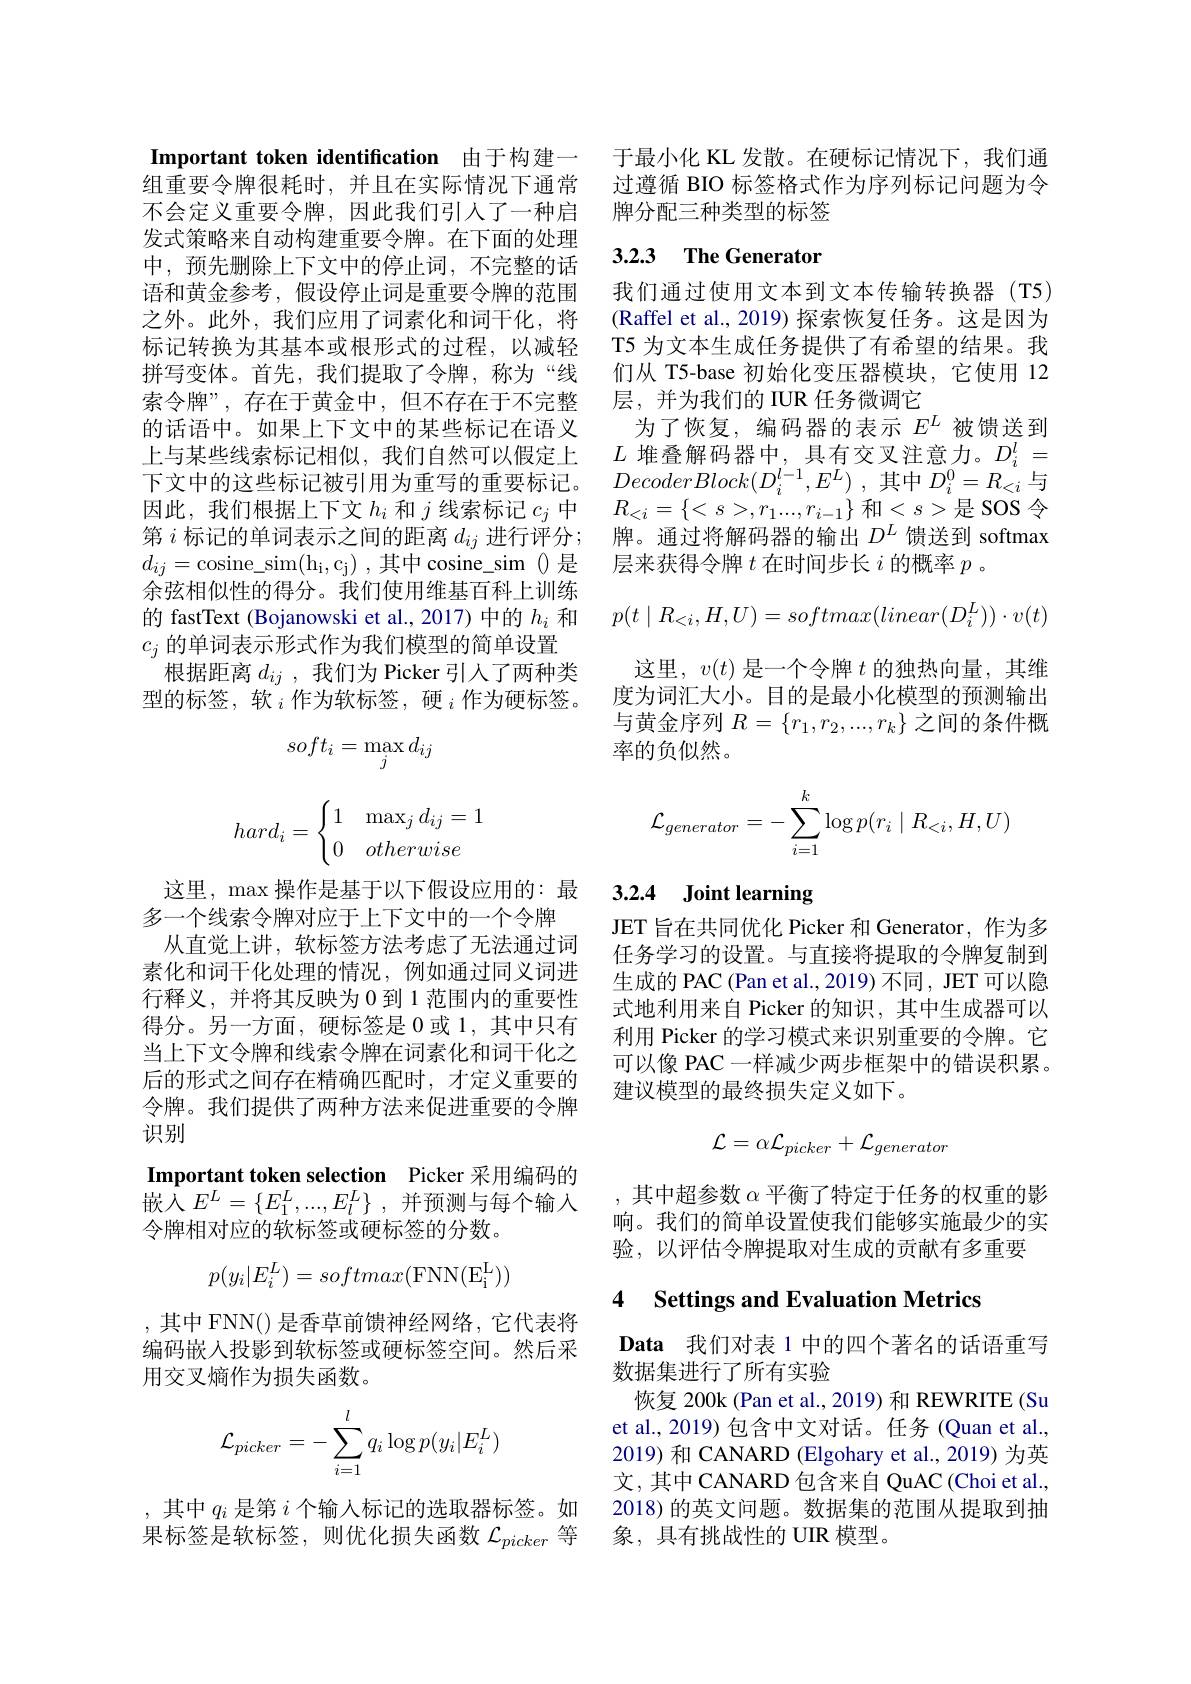
Important token identification 由于构建一 于最小化 KL 发散。在硬标记情况下，我们通

发式策略来自动构建重要令牌。在下面的处理中，预先删除上下文中的停止词，不完整的话语和黄金参考，假设停止词是重要令牌的范围之外。此外，我们应用了词素化和词干化，将标记转换为其基本或根形式的过程，以减轻拼写变体。首先，我们提取了令牌，称为“线索令牌”,存在于黄金中，但不存在于不完整的话语中。如果上下文中的某些标记在语义上与某些线索标记相似，我们自然可以假定上下文中的这些标记被引用为重写的重要标记。因此，我们根据上下文$h_i$和$j$线索标记$c_j$中第$i$标记的单词表示之间的距离$d_ij$进行评分； $d_{ij}=$cosine\_sim(hi,cj),其中cosine\_sim O 是余弦相似性的得分。我们使用维基百科上训练的 fastText (Bojanowski et al.,2017) 中的$h_i$和$c_j$的单词表示形式作为我们模型的简单设置
根据距离$d_{ij}$ ,我们为 Picker 引人了两种类型的标签，软$_i\text{ 作为软标签，硬 }_i$作为硬标签。
$$soft_i=\max_jd_{ij}$$
$$hard_i=\begin{cases}1&\max_jd_{ij}=1\\0&otherwise\end{cases}$$
从直觉上讲，软标签方法考虑了无法通过词素化和词干化处理的情况，例如通过同义词进行释义，并将其反映为 0 到 1 范围内的重要性得分。另一方面，硬标签是 0 或 1,其中只有当上下文令牌和线索令牌在词素化和词干化之后的形式之间存在精确匹配时，才定义重要的令牌。我们提供了两种方法来促进重要的令牌识别
Important token selection Picker 采用编码的嵌入$E^L=\{E_1^L,...,E_l^L\}$,并预测与每个输入令牌相对应的软标签或硬标签的分数。
$$p(y_i|E_i^L)=softmax(\mathrm{FNN(E_i^L))}$$
,其中 FNN() 是香草前馈神经网络，它代表将编码嵌入投影到软标签或硬标签空间。然后采用交叉熵作为损失函数。
$$\mathcal{L}_{picker}=-\sum_{i=1}^lq_i\log p(y_i|E_i^L)$$
组重要令牌很耗时，并且在实际情况下通常 过遵循 BIO 标签格式作为序列标记问题为令
不会定义重要令牌，因此我们引人了一种启 牌分配三种类型的标签

### 3.2.3 The Generator

我们通过使用文本到文本传输转换器(T5)

(Raffel et al., 2019) 探索恢复任务。这是因为T5 为文本生成任务提供了有希望的结果。我们从 T5-base 初始化变压器模块，它使用 12层，并为我们的 IUR 任务微调它
为了恢复，编码器的表示$E^L$被馈送到$L$堆叠解码器中，具有交叉注意力。$D_i^l=$ $DecoderBlock( D_{i}^{l- 1}, E^{L})$ ,其中$D_i^0=R_{<i}$与$R_{<i}=\left\{
,r_1...,r_{i-1}\right\}$和$
$是 SOS 令牌。通过将解码器的输出$D^L$馈送到 softmax 层来获得令牌$t$在时间步长$i$的概率$p$ 。
$$p(t\mid R_{<i},H,U)=softmax(linear(D_{i}^{L}))\cdot v(t)$$
这里，$v(t)$是一个令牌$t$的独热向量，其维度为词汇大小。目的是最小化模型的预测输出与黄金序列$R=\{r_1,r_2,...,r_k\}$之间的条件概率的负似然。
$$\mathcal{L}_{generator}=-\sum_{i=1}^k\log p(r_i\mid R_{<i},H,U)$$
# 这里，$\max$操作是基于以下假设应用的：最 3.2.4 Joint learning 多一个线索令牌对应于上下文中的一个令牌 JET 旨在共同优化 Picker 和 Generator, 作为多

任务学习的设置。与直接将提取的令牌复制到生成的 PAC (Pan et al., 2019) 不同，JET 可以隐式地利用来自 Picker 的知识，其中生成器可以利用 Picker 的学习模式来识别重要的令牌。它可以像 PAC 一样减少两步框架中的错误积累。建议模型的最终损失定义如下。
$$\mathcal{L}=\alpha\mathcal{L}_{picker}+\mathcal{L}_{generator}$$
,其中超参数$\alpha$平衡了特定于任务的权重的影响。我们的简单设置使我们能够实施最少的实验，以评估令牌提取对生成的贡献有多重要

## 4 Settings and Evaluation Metrics

Data 我们对表 1 中的四个著名的话语重写
数据集进行了所有实验
恢复 200k (Pan et al., 2019) 和 REWRITE (Su et al., 2019) 包含中文对话。任务 (Quan et al., 2019) 和 CANARD (Elgohary et al., 2019) 为英文，其中 CANARD 包含来自 QuAC (Choi et al.,
,其中$q_i$是第$i$个输入标记的选取器标签。如 2018) 的英文问题。数据集的范围从提取到抽
果标签是软标签，则优化损失函数$\mathcal{L}_picker$等 象，具有挑战性的 UIR 模型。